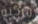
مركبة